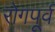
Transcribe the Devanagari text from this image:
रोगपूर्व